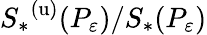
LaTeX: {S_{*}}^{(\mathrm{u})}(P_{\varepsilon})/S_{*}(P_{\varepsilon})